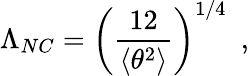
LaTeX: \Lambda_{NC}=\left(\frac{12}{\langle\theta^{2}\rangle}\right)^{1/4}\, \, \, ,